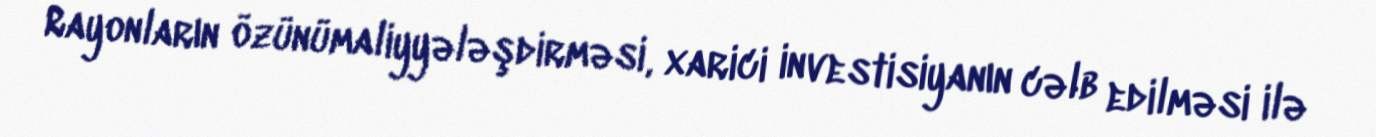
Rayonların özünümaliyyələşdirməsi, xarici investisiyanın cəlb edilməsi ilə